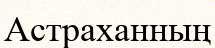
Астраханның